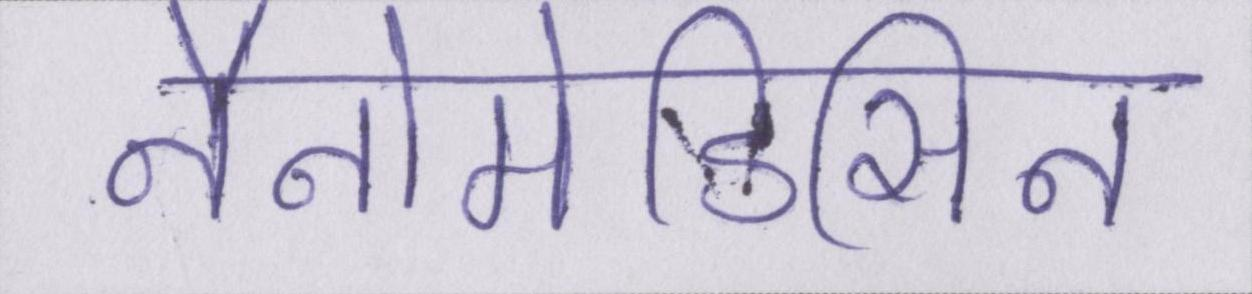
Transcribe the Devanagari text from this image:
नैनोमेडिसिन